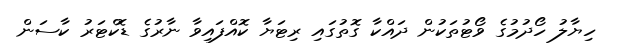
ހިޔާލު ހޯދުމުގެ ވޯޓުތަކުން ދައްކާ ގޮތުގައި ރިޓަޔާ ކޮއްފައިވާ ނާރުގެ ޑޮކްޓަރު ކާސަން